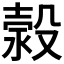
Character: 𣹬